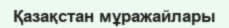
Қазақстан мұражайлары